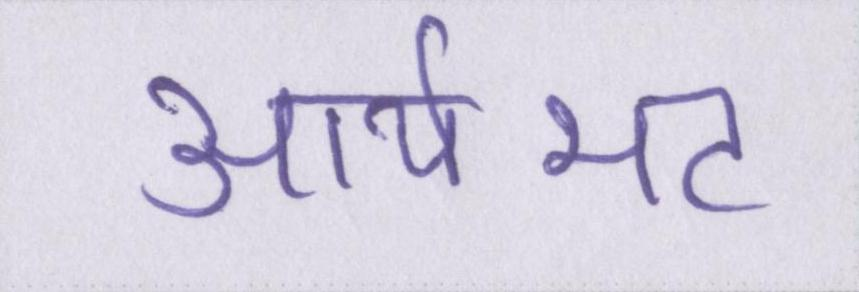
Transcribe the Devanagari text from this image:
आर्यभट